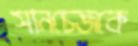
সানচেজকে